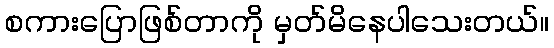
စကားပြောဖြစ်တာကို မှတ်မိနေပါသေးတယ်။